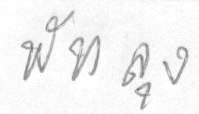
พัทลุง